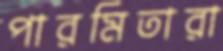
পারমিতারা